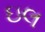
ઇલ